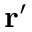
{ \mathbf { r } } ^ { \prime }